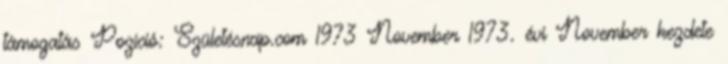
támogatás Pozíció: Születésnap.com 1973 November 1973. évi November kezdete